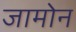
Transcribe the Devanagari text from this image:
जामोन